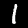
Label: 1